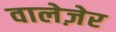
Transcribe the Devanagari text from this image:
वालेज़ेर